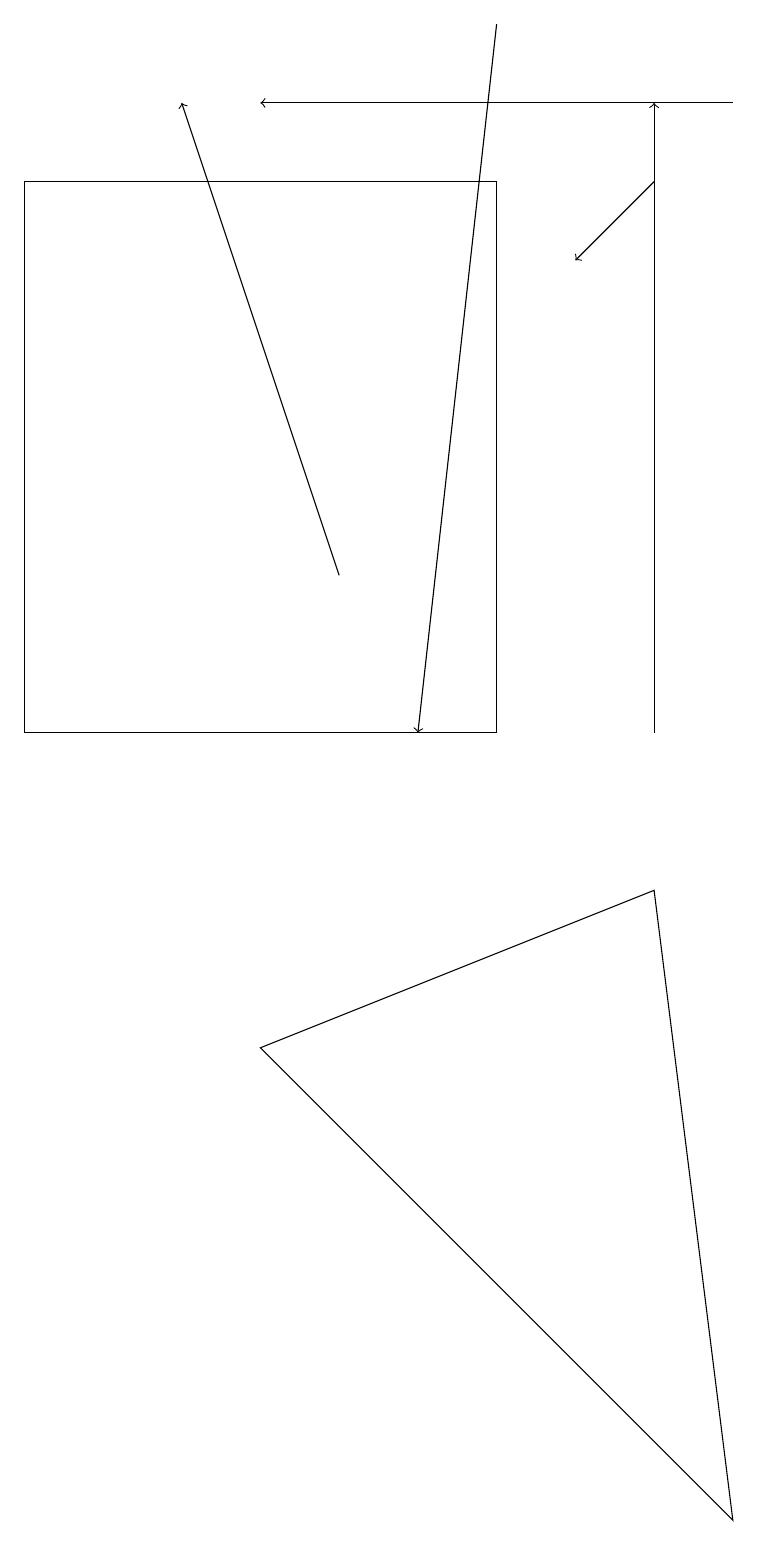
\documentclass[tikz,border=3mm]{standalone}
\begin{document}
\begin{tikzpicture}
\draw[->] (6,19) -- (5,10);
\draw[->] (4,12) -- (2,18);
\draw[->] (8,17) -- (7,16);
\draw[->] (9,18) -- (3,18);
\draw[->] (8,10) -- (8,18);
\draw (0,10) rectangle (6,17);
\draw (9,0) -- (3,6) -- (8,8) -- cycle;
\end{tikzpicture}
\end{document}